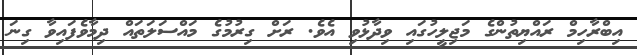
އިބްރާހިމް ރައްޔިތުންގެ މަޖިލީހުގައި ވިދާޅުވި އެވެ. ރަށް ގިރުމުގެ މައްސަލަތައް ދިމާވެފައިވާ ގިނަ